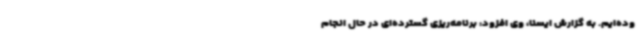
وده‌ایم. به گزارش ایسنا، وی افزود: برنامه‌ریزی گسترده‌ای در حال انجام